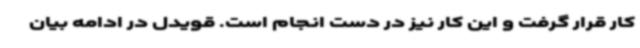
کار قرار گرفت و این کار نیز در دست انجام است. قویدل در ادامه بیان